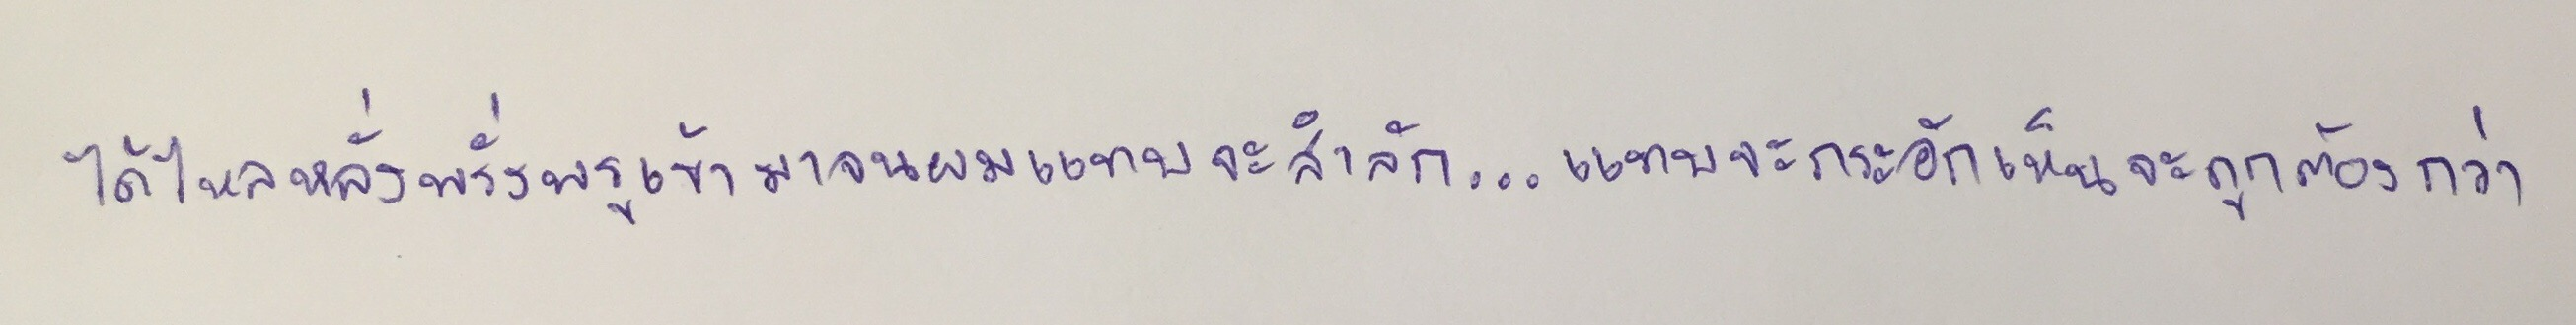
ได้ไหลหลั่งพรั่งพรูเข้ามาจนผมแทบจะสำลัก...แทบจะกระอักเห็นจะถูกต้องกว่า